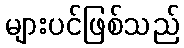
များပင်ဖြစ်သည်